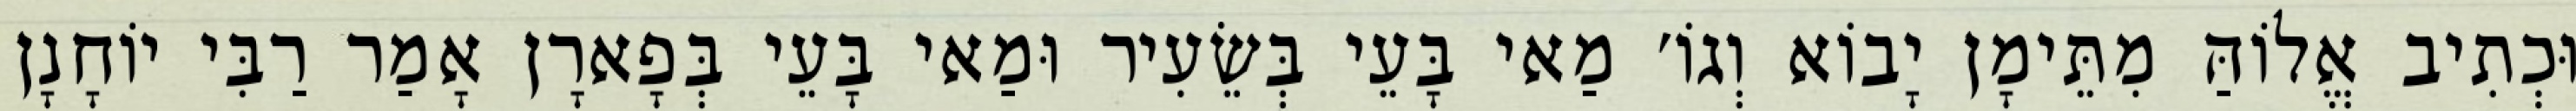
וּכְתִיב אֱלוֹהַּ מִתֵּימָן יָבוֹא וְגוֹ׳ מַאי בָּעֵי בְּשֵׂעִיר וּמַאי בָּעֵי בְּפָארָן אָמַר רַבִּי יוֹחָנָן